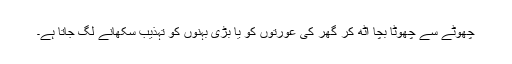
چھوٹے سے چھوٹا بچا اٹھ کر گھر کی عورتوں کو یا بڑی بہنوں کو تہذیب سکھانے لگ جاتا ہے۔